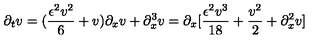
\partial _ { t } v = ( { \frac { \epsilon ^ { 2 } v ^ { 2 } } { 6 } } + v ) { \partial _ { x } v } + \partial _ { x } ^ { 3 } v = \partial _ { x } [ { \frac { \epsilon ^ { 2 } v ^ { 3 } } { 1 8 } } + { \frac { v ^ { 2 } } { 2 } } + \partial _ { x } ^ { 2 } v ]